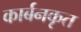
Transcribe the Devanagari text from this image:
कार्बनकृत